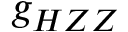
g _ { H Z Z }